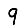
Digit: 9